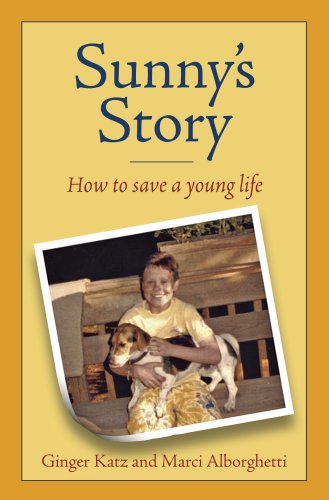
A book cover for Sunny's Story "How to Save a Young Life"; Ginger Katz; Teen & Young Adult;